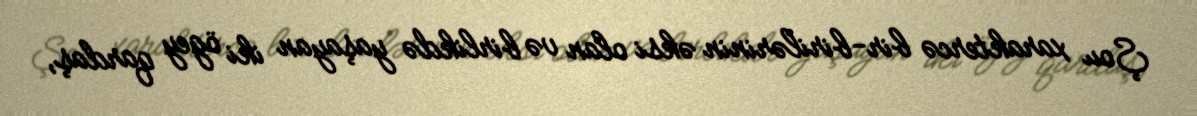
Şou xaraktercə bir-birilərinin əksi olan və birlikdə yaşayan iki ögey qardaş,